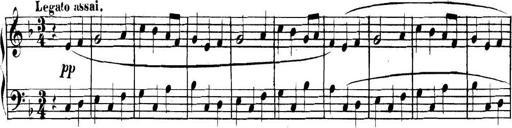
Title: Collected Piano Sonatas
Composer: Muzio Clementi